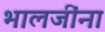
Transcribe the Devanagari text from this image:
भालजींना